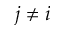
j \neq i